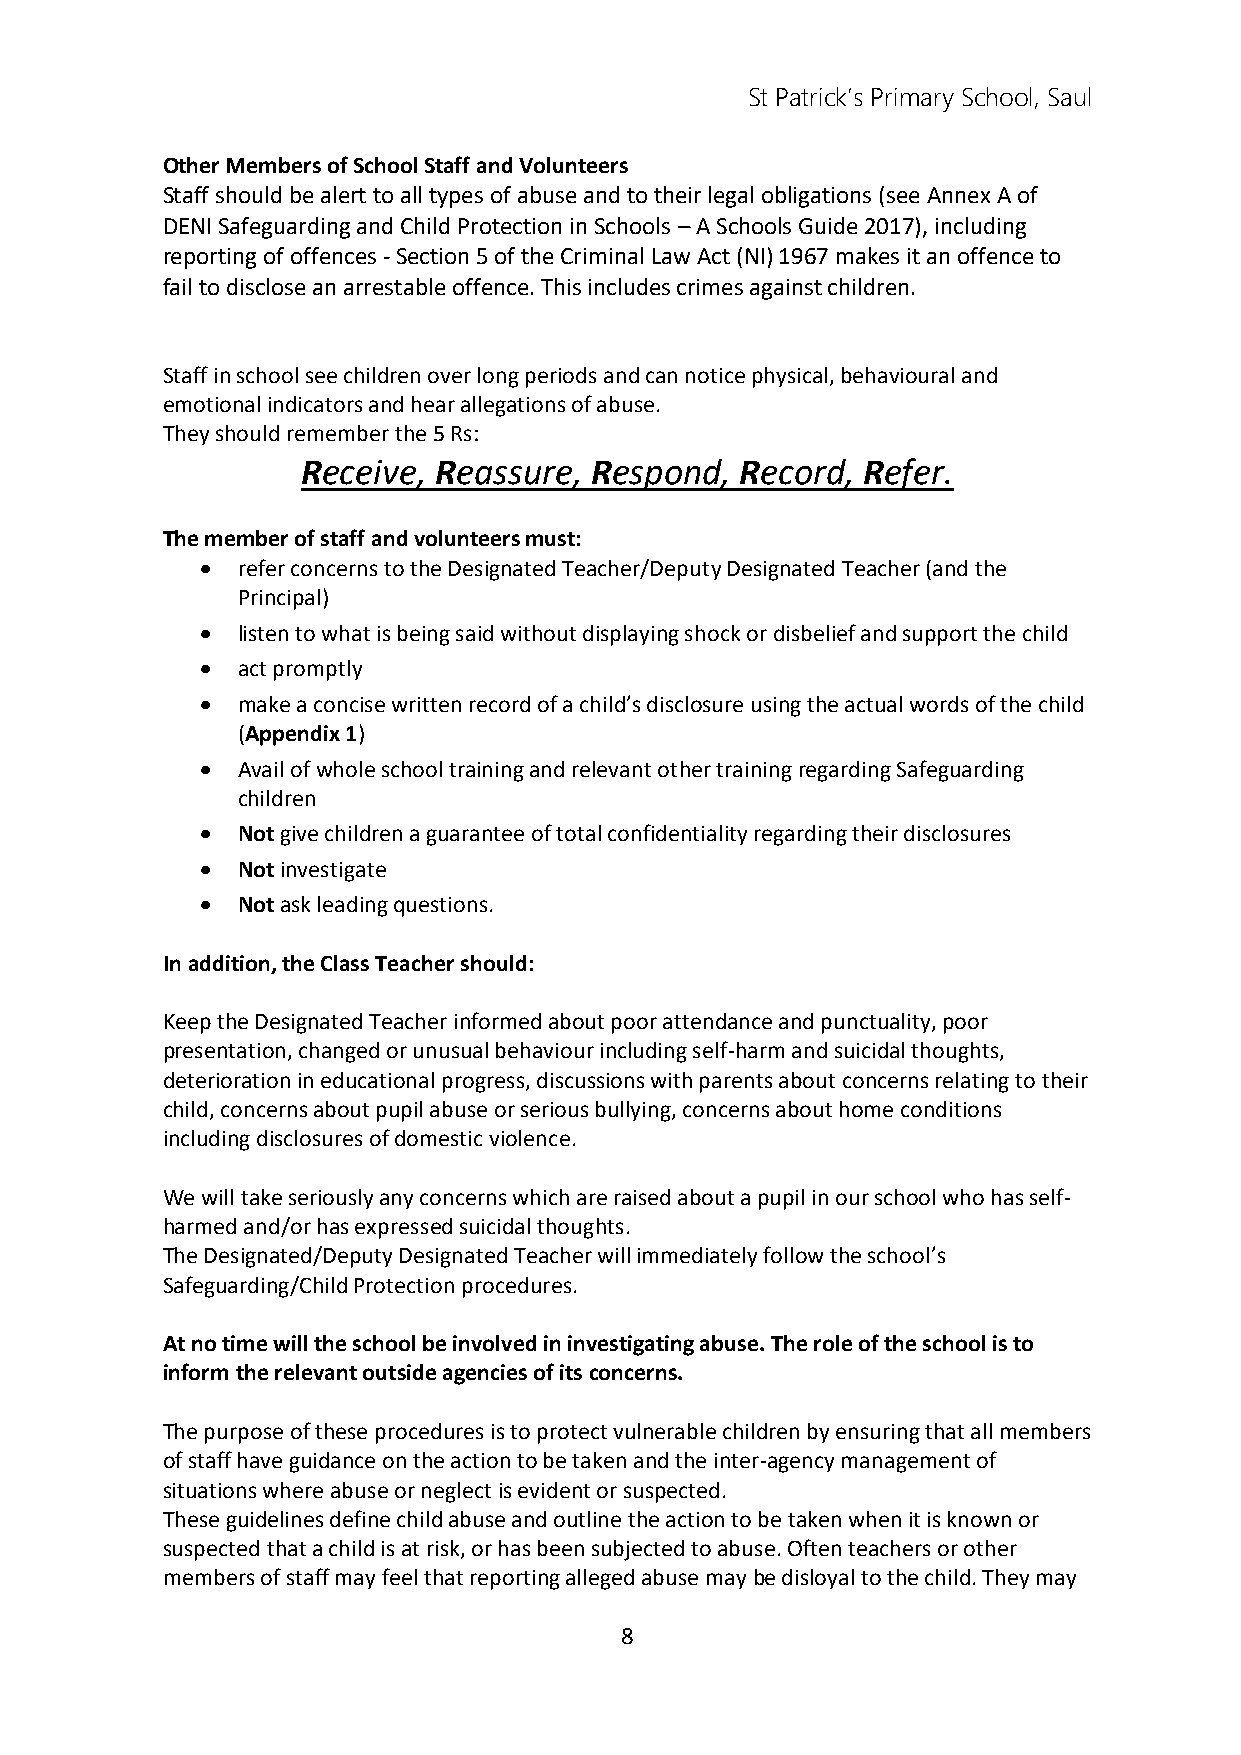
St Patrick’s Primary School, Saul
 Other Members of School Staff and Volunteers
 Staff should be alert to all types of abuse and to their legal obligations (see Annex A of
 DENI Safeguarding and Child Protection in Schools – A Schools Guide 2017), including
 reporting of offences - Section 5 of the Criminal Law Act (NI) 1967 makes it an offence to
 fail to disclose an arrestable offence. This includes crimes against children.
 Staff in school see children over long periods and can notice physical, behavioural and
 emotional indicators and hear allegations of abuse.
 They should remember the 5 Rs:
 Receive, Reassure, Respond,  Record, Refer.
 The member of staff and volunteers must:
   refer concerns to the Designated Teacher/Deputy Designated Teacher (and the
 Principal)
   listen to what is being said without displaying shock or disbelief and support the child
   act promptly
   make a concise written record of a child’s disclosure using the actual words of the child
 (Appendix 1)
   Avail of whole school training and relevant other training regarding Safeguarding
 children
   Not give children a guarantee of total confidentiality regarding their disclosures
   Not investigate
   Not ask leading questions.
 In addition, the Class Teacher should:
 Keep the Designated Teacher informed about poor attendance and punctuality, poor
 presentation, changed or unusual behaviour including self-harm and suicidal thoughts,
 deterioration in educational progress, discussions with parents about concerns relating to their
 child, concerns about pupil abuse or serious bullying, concerns about home conditions
 including disclosures of domestic violence.
 We will take seriously any concerns which are raised about a pupil in our school who has self-
 harmed and/or has expressed suicidal thoughts.
 The Designated/Deputy Designated Teacher will immediately follow the school’s
 Safeguarding/Child Protection procedures.
 At no time will the school be involved in investigating abuse. The role of the school is to
 inform the relevant outside agencies of its concerns.
 The purpose of these procedures is to protect vulnerable children by ensuring that all members
 of staff have guidance on the action to be taken and the inter-agency management of
 situations where abuse or neglect is evident or suspected.
 These guidelines define child abuse and outline the action to be taken when it is known or
 suspected that a child is at risk, or has been subjected to abuse. Often teachers or other
 members of staff may feel that reporting alleged abuse may be disloyal to the child. They may
 8